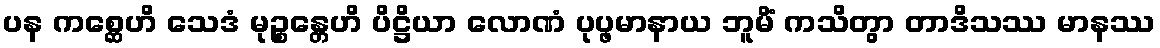
ပန ကစ္ဆေဟိ သေဒံ မုဉ္စန္တေဟိ ပိဋ္ဌိယာ လောဏံ ပုပ္ဖမာနာယ ဘူမိံ ကသိတွာ တာဒိသဿ မာနဿ